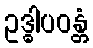
ဥဒ္ဓါပဝန္တံ